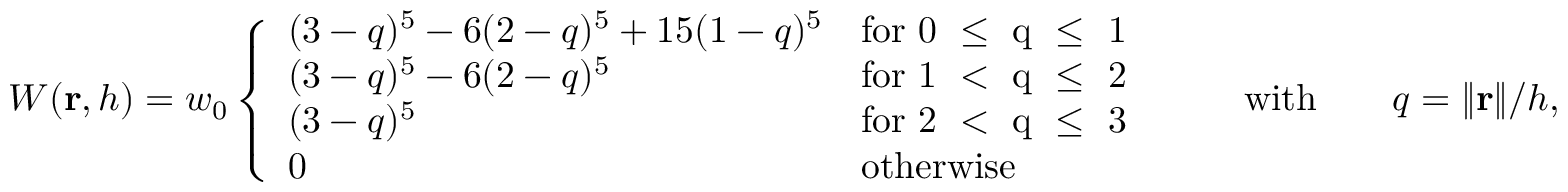
W ( \mathbf { r } , h ) = w _ { 0 } \left\{ \begin{array} { l l } { ( 3 - q ) ^ { 5 } - 6 ( 2 - q ) ^ { 5 } + 1 5 ( 1 - q ) ^ { 5 } } & { \mathrm { f o r ~ 0 ~ \leq ~ q ~ \leq ~ 1 ~ } } \\ { ( 3 - q ) ^ { 5 } - 6 ( 2 - q ) ^ { 5 } } & { \mathrm { f o r ~ 1 ~ < ~ q ~ \leq ~ 2 ~ } } \\ { ( 3 - q ) ^ { 5 } } & { \mathrm { f o r ~ 2 ~ < ~ q ~ \leq ~ 3 ~ } } \\ { 0 } & { \mathrm { o t h e r w i s e } } \end{array} \right. \qquad \mathrm { w i t h } \qquad q = { \lVert } \mathbf { r } { \rVert } / h ,